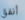
أنفق